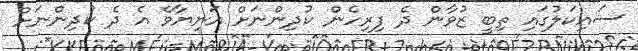
ސައިކަލުގައި ތިބީ ޒުވާން ދެ ފިރިހެން ކުދިންނަށް އަނިޔާވެ އެ ދެ ކުދިންނަށް